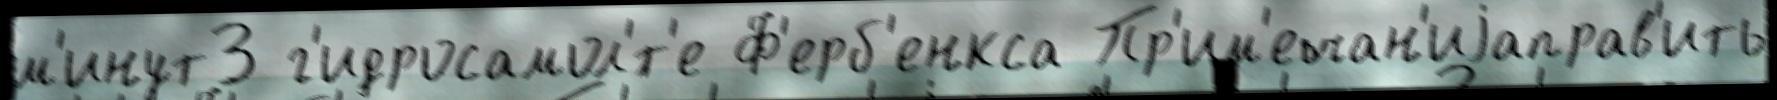
м'инут3 г'идросамол'́т'е Ф'ерб'енкса Пр'им'ечан'иjаправ'ить